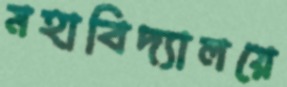
মহাবিদ্যালয়ে